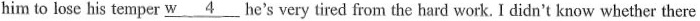
him to lose his temper \underline{w4} he's very tired from the hard work. I didn't know whether there